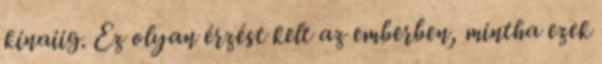
kínaiig. Ez olyan érzést kelt az emberben, mintha ezek